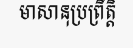
មាសានុប្រព្រឹត្តិ